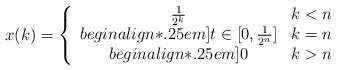
\begin{align*}x(k)=\left\{\begin{array}{cl}\tfrac{1}{2^k}&k<n\\begin{align*}.25em]t\in[0,\tfrac{1}{2^n}]&k=n\\begin{align*}.25em]0&k>n\end{array}\right.\end{align*}